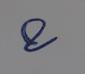
Signature authenticity: genuine